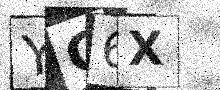
Text: YC6X